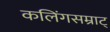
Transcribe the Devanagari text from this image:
कलिंगसम्राट्